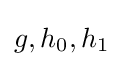
g,h_{0},h_{1}